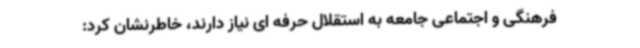
فرهنگی و اجتماعی جامعه به استقلال حرفه ای نیاز دارند، خاطرنشان کرد: